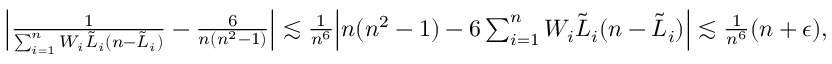
\begin{array} { r } { \Big \lvert \frac { 1 } { \sum _ { i = 1 } ^ { n } W _ { i } { \tilde { L } } _ { i } ( n - { \tilde { L } } _ { i } ) } - \frac { 6 } { n ( n ^ { 2 } - 1 ) } \Big \rvert \lesssim \frac { 1 } { n ^ { 6 } } \Big \lvert n ( n ^ { 2 } - 1 ) - 6 \sum _ { i = 1 } ^ { n } W _ { i } { \tilde { L } } _ { i } ( n - { \tilde { L } } _ { i } ) \Big \rvert \lesssim \frac { 1 } { n ^ { 6 } } ( n + \epsilon ) , } \end{array}